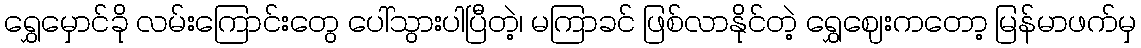
ရွှေမှောင်ခို လမ်းကြောင်းတွေ ပေါ်သွားပါပြီတဲ့၊ မကြာခင် ဖြစ်လာနိုင်တဲ့ ရွှေဈေးကတော့ မြန်မာဖက်မှ